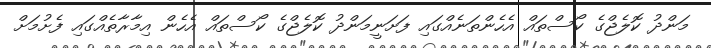
މަންދު ކޮލެޖްގެ ކޯސްތައް އެހެންތަނެއްގައި ފަށަނީމަންދު ކޮލެޖްގެ ކޯސްތައް އެހެން އިމާރާތެއްގައި ފެށުމަށް